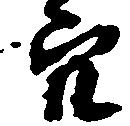
穴